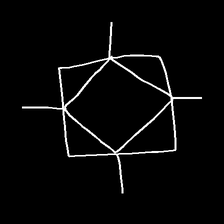
Glyph: light